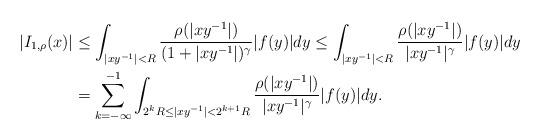
LaTeX: \begin{align*}|I_{1,\rho}(x)|&\leq\int_{|xy^{-1}|<R}\frac{\rho(|xy^{-1}|)}{(1+|xy^{-1}|)^{\gamma}}|f(y)|dy\leq\int_{|xy^{-1}|<R}\frac{\rho(|xy^{-1}|)}{|xy^{-1}|^{\gamma}}|f(y)|dy\\ &= \sum_{k=-\infty}^{-1}\int_{2^{k}R\leq|xy^{-1}|<2^{k+1}R}\frac{\rho(|xy^{-1}|)}{|xy^{-1}|^{\gamma}}|f(y)|dy.\end{align*}